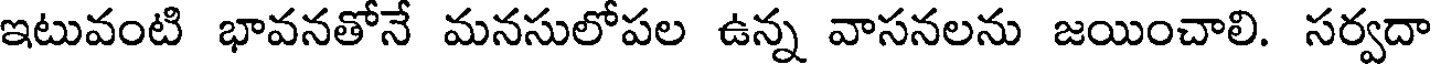
ఇటువంటి భావనతోనే మనసులోపల ఉన్న వాసనలను జయించాలి. సర్వదా